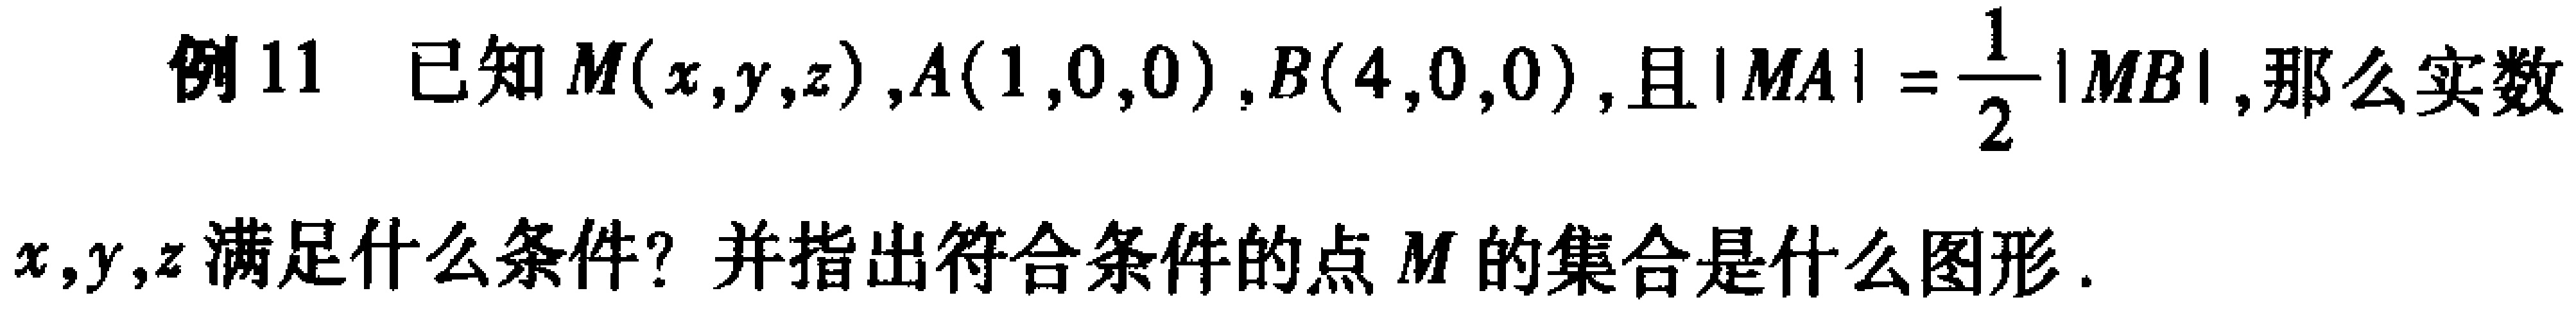
例11 已知$M(x,y,z),A(1,0,0),B(4,0,0)$，且$|MA|=\frac{1}{2}|MB|$，那么实数$x,y,z$满足什么条件？并指出符合条件的点$M$的集合是什么图形.